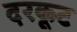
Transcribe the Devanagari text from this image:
दरकूट